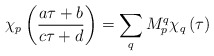
\begin{align*}\chi _{p}\left( \frac{a\tau +b}{c\tau +d}\right) =\sum _{q}M_{p}^{q}\chi _{q}\left( \tau \right)\end{align*}